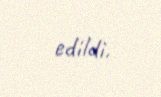
edildi.